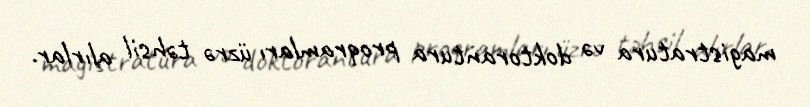
magistratura və doktorantura proqramları üzrə təhsil alırlar.